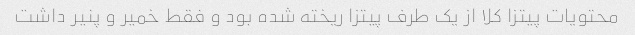
محتویات پیتزا کلا از یک طرف پیتزا ریخته شده بود و فقط خمیر و پنیر داشت